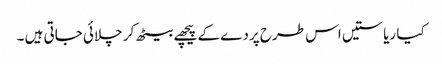
کیا ریاستیں اس طرح پردے کے پیچھے بیٹھ کر چلائی جاتی ہیں ۔